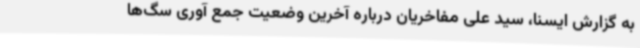
به گزارش ایسنا، سید علی مفاخریان درباره آخرین وضعیت جمع آوری سگ‌ها